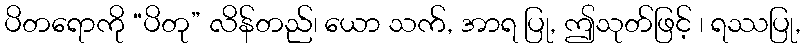
ပိတရောကို “ပိတု” လိန်တည်၊ ယော သက်, အာရ ပြု, ဤသုတ်ဖြင့် ၊ ရဿပြု,